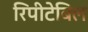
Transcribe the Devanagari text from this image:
रिपीटेबिल